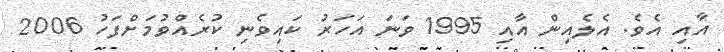
އާއި އެވެ. އެލެއިން އާއި 1995 ވަނަ އަހަރު ކައިވެނި ކުރެއްވުމަށްފަހު 2006